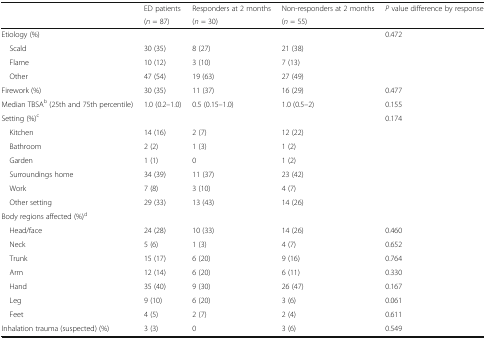
<table><thead><tr><td></td><td><b>ED patients</b></td><td><b>Responders at 2 months</b></td><td><b>Non-responders at 2 months</b></td><td><b><i>P</i> value difference by response</b></td></tr><tr><td></td><td><b>(<i>n</i> = 87)</b></td><td><b>(<i>n</i> = 30)</b></td><td><b>(<i>n</i> = 55)</b></td><td></td></tr></thead><tbody><tr><td colspan="4">Etiology (%)</td><td>0.472</td></tr><tr><td> Scald</td><td>30 (35)</td><td>8 (27)</td><td>21 (38)</td><td></td></tr><tr><td> Flame</td><td>10 (12)</td><td>3 (10)</td><td>7 (13)</td><td></td></tr><tr><td> Other</td><td>47 (54)</td><td>19 (63)</td><td>27 (49)</td><td></td></tr><tr><td>Firework (%)</td><td>30 (35)</td><td>11 (37)</td><td>16 (29)</td><td>0.477</td></tr><tr><td>Median TBSA<sup>b</sup> (25th and 75th percentile)</td><td>1.0 (0.2–1.0)</td><td>0.5 (0.15–1.0)</td><td>1.0 (0.5–2)</td><td>0.155</td></tr><tr><td colspan="4">Setting (%)<sup>c</sup></td><td>0.174</td></tr><tr><td> Kitchen</td><td>14 (16)</td><td>2 (7)</td><td>12 (22)</td><td></td></tr><tr><td> Bathroom</td><td>2 (2)</td><td>1 (3)</td><td>1 (2)</td><td></td></tr><tr><td> Garden</td><td>1 (1)</td><td>0</td><td>1 (2)</td><td></td></tr><tr><td> Surroundings home</td><td>34 (39)</td><td>11 (37)</td><td>23 (42)</td><td></td></tr><tr><td> Work</td><td>7 (8)</td><td>3 (10)</td><td>4 (7)</td><td></td></tr><tr><td> Other setting</td><td>29 (33)</td><td>13 (43)</td><td>14 (26)</td><td></td></tr><tr><td colspan="5">Body regions affected (%)<sup>d</sup></td></tr><tr><td> Head/face</td><td>24 (28)</td><td>10 (33)</td><td>14 (26)</td><td>0.460</td></tr><tr><td> Neck</td><td>5 (6)</td><td>1 (3)</td><td>4 (7)</td><td>0.652</td></tr><tr><td> Trunk</td><td>15 (17)</td><td>6 (20)</td><td>9 (16)</td><td>0.764</td></tr><tr><td> Arm</td><td>12 (14)</td><td>6 (20)</td><td>6 (11)</td><td>0.330</td></tr><tr><td> Hand</td><td>35 (40)</td><td>9 (30)</td><td>26 (47)</td><td>0.167</td></tr><tr><td> Leg</td><td>9 (10)</td><td>6 (20)</td><td>3 (6)</td><td>0.061</td></tr><tr><td> Feet</td><td>4 (5)</td><td>2 (7)</td><td>2 (4)</td><td>0.611</td></tr><tr><td>Inhalation trauma (suspected) (%)</td><td>3 (3)</td><td>0</td><td>3 (6)</td><td>0.549</td></tr></tbody></table>